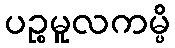
ပဉ္စမူလကမ္ပိ